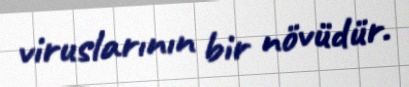
viruslarının bir növüdür.